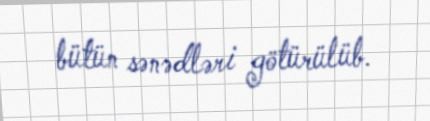
bütün sənədləri götürülüb.